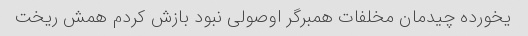
یخورده چیدمان مخلفات همبرگر اوصولی نبود بازش کردم همش ریخت